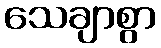
သေချာစွာ